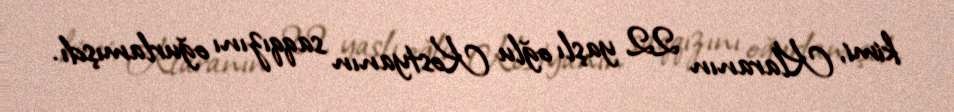
kimi, Klaranın 22 yaşlı oğlu Kostyanın saqqızını oğurlamışdı.